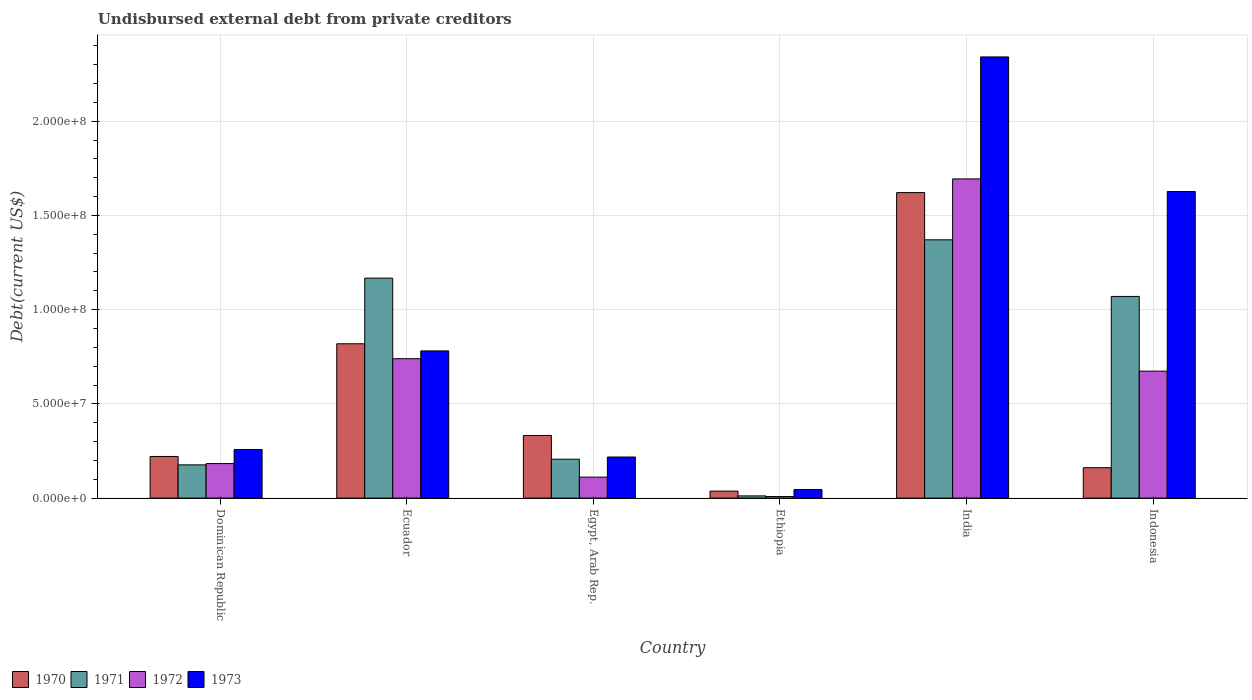
| Country | 1970 | 1971 | 1972 | 1973 |
 | --- | --- | --- | --- | --- |
 | Dominican Republic | 2.21e+07 | 1.76e+07 | 1.83e+07 | 2.58e+07 |
 | Ecuador | 8.19e+07 | 1.17e+08 | 7.4e+07 | 7.81e+07 |
 | Egypt, Arab Rep. | 3.32e+07 | 2.06e+07 | 1.11e+07 | 2.18e+07 |
 | Ethiopia | 3.7e+06 | 1.16e+06 | 8.2e+05 | 4.57e+06 |
 | India | 1.62e+08 | 1.37e+08 | 1.69e+08 | 2.34e+08 |
 | Indonesia | 1.61e+07 | 1.07e+08 | 6.74e+07 | 1.63e+08 |